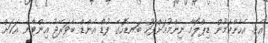
އެވެ. އެހެންކަމުން ޑިޕްލޮމާ ނިންމުމަށްފަހު ބަނޑޮހުގެ ފުޑް އެންޑް ބެވަރޭޖު އިންޓާން އަކަށް